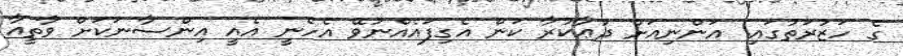
ގެ ހަޒުރަތުގައި. އަންނިއަށް ދުޢާކުރާ ކަން އެގިފައެއްނުވޭ އެހެނީ އެއީ އިންސާނަކަށް ވާތީއާ